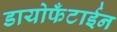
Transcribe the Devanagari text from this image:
डायोफँटाईन